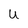
Character: U